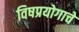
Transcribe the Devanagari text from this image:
विषप्रयोगाचे